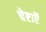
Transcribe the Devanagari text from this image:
चेष्टाऍं